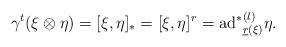
LaTeX: \begin{align*}\gamma^{t}(\xi\otimes\eta)=[\xi,\eta]_{\ast}=[\xi,\eta]^{r}={\mathrm{ad}^{\ast}}^{(l)}_{\underline{r}(\xi)}\eta.\end{align*}